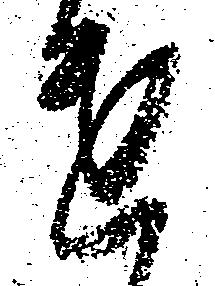
遣